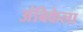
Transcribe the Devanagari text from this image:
अंबिकेला